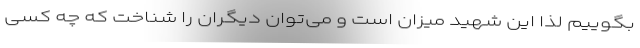
بگوییم لذا این شهید میزان است و می‌توان دیگران را شناخت که چه کسی